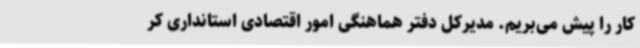
کار را پیش می‌بریم. مدیرکل دفتر هماهنگی امور اقتصادی استانداری کر